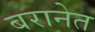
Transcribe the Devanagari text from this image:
बरानेत